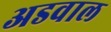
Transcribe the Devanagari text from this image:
अडवाल